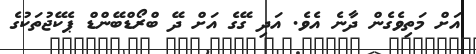
އަށް މަތިވެގެން ދާނެ އެވެ. އަދި ގޭގެ އަށް ދޭ ބްރޯޑްބޭންޑް ޕެކޭޖުތަކުގެ